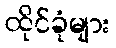
ထိုင်ခုံများ